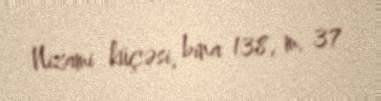
Nizami küçəsi, bina 138, m. 37